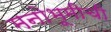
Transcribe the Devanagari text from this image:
मनोभूमीची